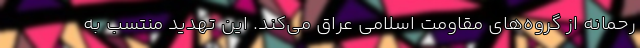
‌رحمانه از گروه‌های مقاومت اسلامی عراق می‌کند. این تهدید منتسب به